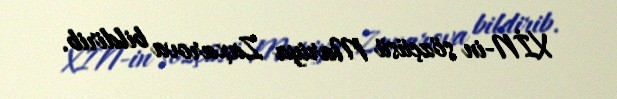
XİN-in sözçüsü Mariya Zaxarova bildirib.